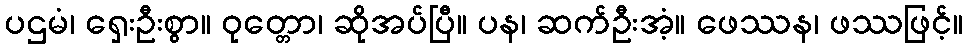
ပဌမံ၊ ရှေးဦးစွာ။ ဝုတ္တော၊ ဆိုအပ်ပြီ။ ပန၊ ဆက်ဦးအံ့။ ဖေဿန၊ ဖဿဖြင့်။